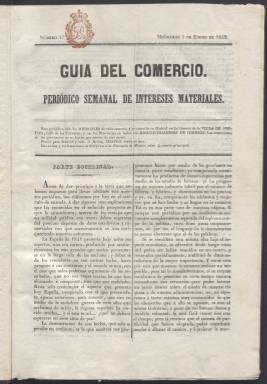
Título: Guía del comercio
Colección: Periódicos anteriores a 1850 || Economía
Ámbito geográfico: Madrid
Lugar de publicación: Madrid
Fechas: 05/01/1842-28/12/1842